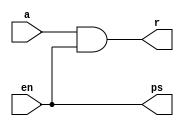
// Copyright (C) 2018  Intel Corporation. All rights reserved.
// Your use of Intel Corporation's design tools, logic functions 
// and other software and tools, and its AMPP partner logic 
// functions, and any output files from any of the foregoing 
// (including device programming or simulation files), and any 
// associated documentation or information are expressly subject 
// to the terms and conditions of the Intel Program License 
// Subscription Agreement, the Intel Quartus Prime License Agreement,
// the Intel FPGA IP License Agreement, or other applicable license
// agreement, including, without limitation, that your use is for
// the sole purpose of programming logic devices manufactured by
// Intel and sold by Intel or its authorized distributors.  Please
// refer to the applicable agreement for further details.

// PROGRAM		"Quartus Prime"
// VERSION		"Version 18.0.0 Build 614 04/24/2018 SJ Lite Edition"
// CREATED		"Fri Oct 25 15:49:36 2019"

module decoder_half(
	a,
	en,
	r,
	ps
);


input wire	a;
input wire	en;
output wire	r;
output wire	ps;


assign	ps = en;



assign	r = a & en;


endmodule